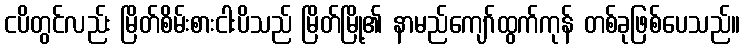
ငပိတွင်လည်း မြိတ်စိမ်းစားငါးပိသည် မြိတ်မြို့၏ နာမည်ကျော်ထွက်ကုန် တစ်ခုဖြစ်ပေသည်။